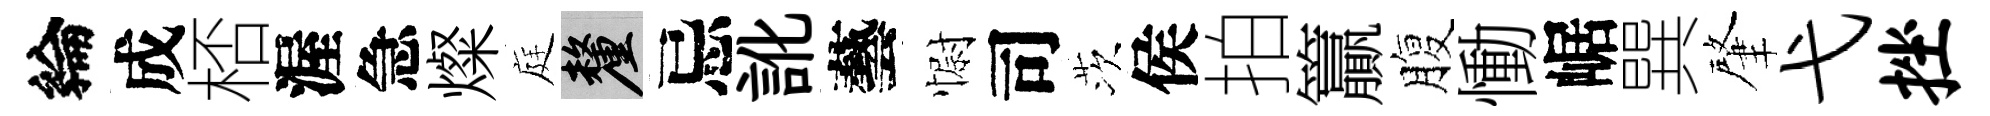
綸成桮渥急燦庭厘忌訛藝𢠢司茨侯拍籯腹慟崌巽肇弋挫